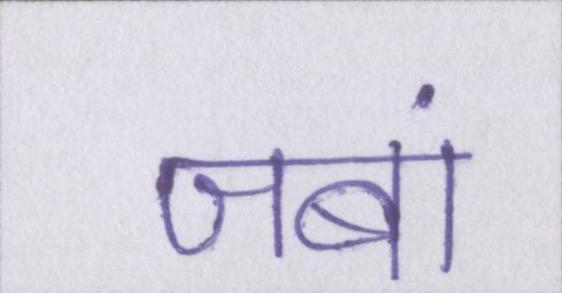
जबां